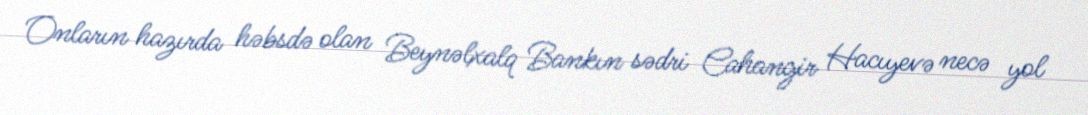
Onların hazırda həbsdə olan Beynəlxalq Bankın sədri Cahangir Hacıyevə necə yol